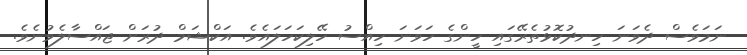
ނަމަވެސް ދެވަނަ ހިނދުކޮޅުތެރޭގައި ހީންގެ ހަވަނަ ހިއްސު ހޭލިކަހަލައެވެ. އަކްޝަމް ދުރަށް ޖައްސާލެވުނެވެ.